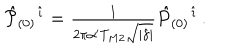
LaTeX: { \hat { \cal P } } _ { ( 0 ) } { } ^ { \hat { \imath } } = { \textstyle \frac { 1 } { 2 \pi \alpha ^ { \prime } T _ { M 2 } \sqrt { | \hat { \gamma } | } } } { \hat { P } } _ { ( 0 ) } { } ^ { \hat { \imath } } \, .